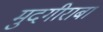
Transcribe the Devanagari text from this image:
मुदगीराबा